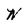
Character: N